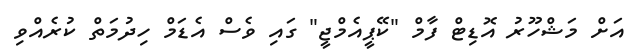
އަށް މަޝްހޫރު އޮޑިޓް ފާމް "ކޭޕީއެމްޖީ" ގައި ވެސް އެޑަމް ހިދުމަތް ކުރެއްވި